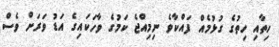
ހިތާއި ހިތުގެ ގުޅުމެއް ފައްކާވެ ނިމިއްޖެ ކަމުގެ ވާހަކައިގެ އަޑު ވަރަށް ވެސް